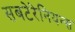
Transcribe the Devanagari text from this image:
सबटेरेनियन्स